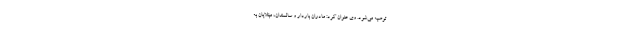
توصیه می‌شود. وی عنوان کرد: مادران باردار و سالمندان، مبتلایان به